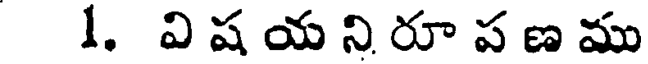
1. వి ష య ని రూ ప ణ ము